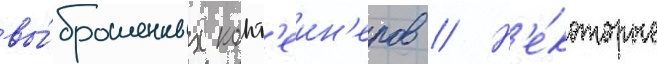
вы́брошенных конт'еин'еров // Н'е́которые